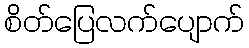
စိတ်ပြေလက်ပျောက်